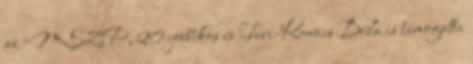
az MSZP, 20 jobbikos és Turi-Kovács Béla is támogatta